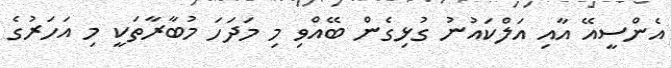
އެންސީއޭ އާއި އަލްކައުނު ގުޅިގެން ބޭއްވި މި މަދަހަ މުބާރާތަކީ މި އަހަރުގެ